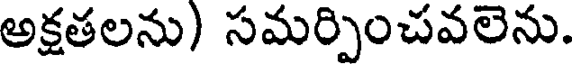
అక్షతలను) సమర్పించవలెను.